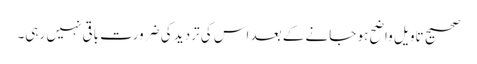
صحیح تاویل واضح ہو جانے کے بعد اس کی تردید کی ضرورت باقی نہیں رہی۔